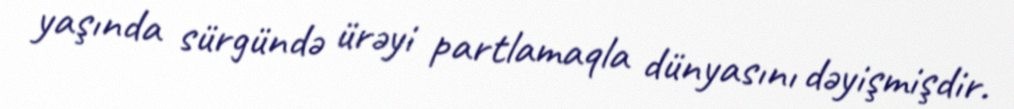
yaşında sürgündə ürəyi partlamaqla dünyasını dəyişmişdir.